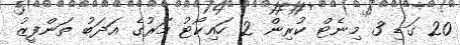
20 ގަޑި 3 މިނެޓް ކުރިން 2 ހައިކޯޓު މަރުގެ އަދަބު ތަންފީޒު